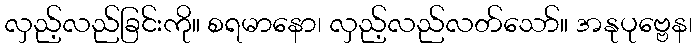
လှည့်လည်ခြင်းကို။ စရမာနော၊ လှည့်လည်လတ်သော်။ အနုပုဗ္ဗေန၊